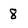
Character: 8